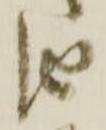
由